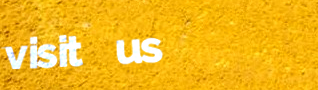
visit us